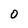
Character: 0